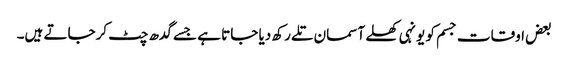
بعض اوقات جسم کو یونہی کھلے آسمان تلے رکھ دیا جاتا ہے جسے گدھ چٹ کرجاتے ہیں۔